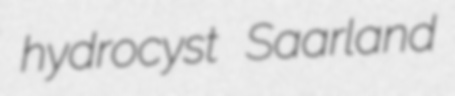
hydrocyst Saarland